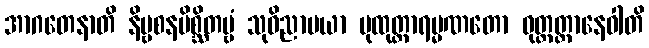
အာဂတေနာတိ နိဗ္ဗစနမိစ္ဆိတဗ္ဗံ သုဝိညာပယာ ပုထုတ္တာရမ္မဏတော ဝုတ္တတ္ထာနေဝါတိ